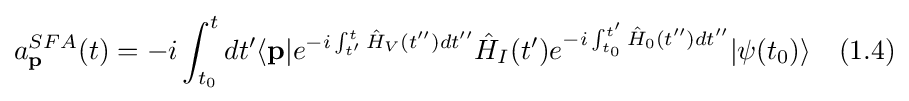
a_{\textbf {p}}^{SFA}(t)=-i\int _{t_{0}}^{t}dt'\langle {\textbf {p}}|e^{-i\int _{t'}^{t}{\hat {H}}_{V}(t'')dt''}{\hat {H}}_{I}(t')e^{-i\int _{t_{0}}^{t'}{\hat {H}}_{0}(t'')dt''}|{\psi (t_{0})}\rangle \quad (1.4)